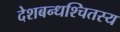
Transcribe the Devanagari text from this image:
देशबन्धश्चितस्य